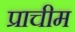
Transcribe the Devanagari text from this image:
प्राचीम